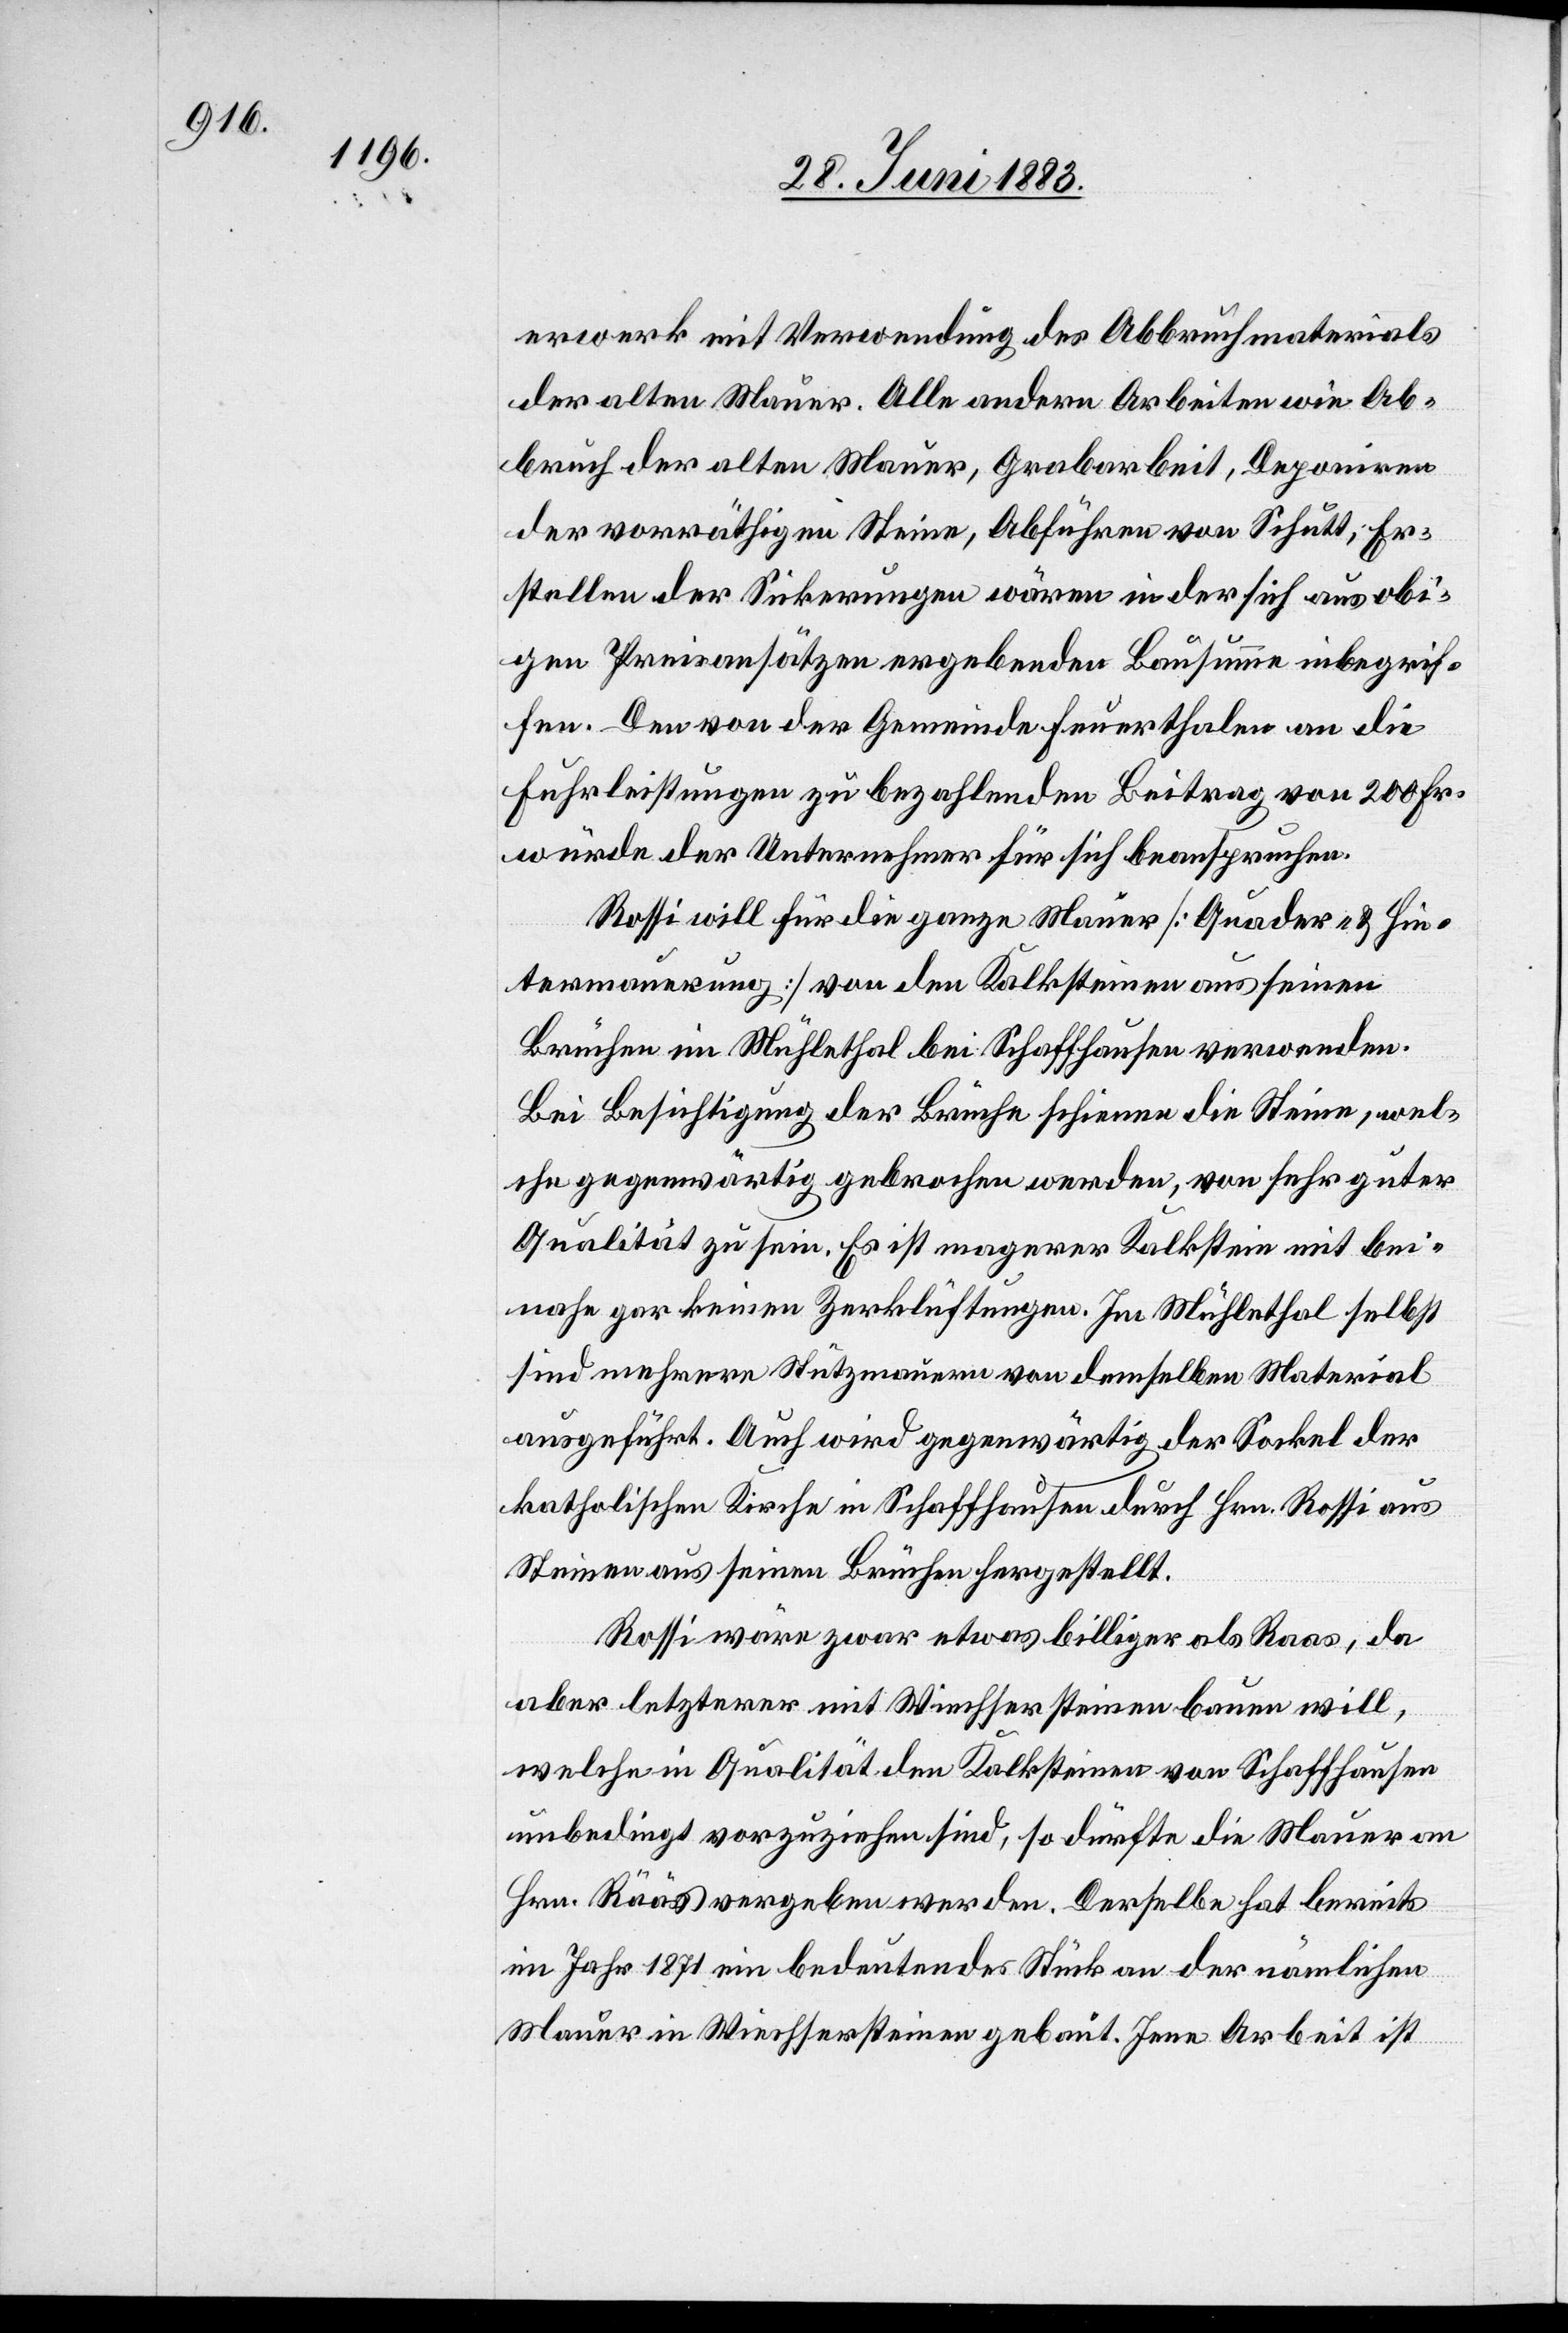
erwerk mit Verwendung des Abbruchmaterials
der alten Mauer. Alle andern Arbeiten wie Ab¬
bruch der alten Mauer, Grabarbeit, Deponiren
der vorräthigen Steine, Abführen von Schutt, Er¬
stellen der Sickerungen wären in der sich aus obi¬
gen Preisansätzen ergebenden Bausumme inbegrif¬
fen. Den von der Gemeinde Feuerthalen an die
Fuhrleistungen zu bezahlenden Beitrag von 200 Fr.
würde der Unternehmer für sich beanspruchen.
Rossi will für die ganze Mauer [Quader- & Hin¬
termauerung] von den Kalksteinen aus seinen
Brüchen im Mühlethal bei Schaffhausen verwenden.
Bei Besichtigung der Brüche schienen die Steine, wel¬
che gegenwärtig gebrochen werden, von sehr guter
Qualität zu sein. Es ist magerer Kalkstein mit bei¬
nahe gar keinen Zerklüftungen. Im Mühlethal selbst
sind mehrere Stützmauern von demselben Material
ausgeführt. Auch wird gegenwärtig der Sockel der
katholischen Kirche in Schaffhausen durch Hrn. Rossi aus
Steinen aus seinen Brüchen hergestellt.
Rossi wäre zwar etwas billiger als Raas [sic!], da
aber letzter mit Wiechsersteinen bauen will,
welche in Qualität den Kalksteinen von Schaffhausen
unbedingt vorzuziehen sind, so dürfte die Mauer an
Hrn. Rääs vergeben werden. Derselbe hat bereits
im Jahr 1871 ein bedeutendes Stück an der nämlichen
Mauer in Wiechsersteinen gebaut. Jene Arbeit ist